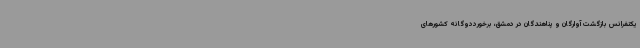
یکنفرانس بازگشت آوارگان و پناهندگان در دمشق، برخورددوگانه کشورهای